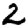
Digit: 2